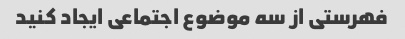
فهرستی از سه موضوع اجتماعی ایجاد کنید